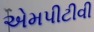
એમપીટીવી